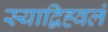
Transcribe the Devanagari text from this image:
स्याद्विह्वलं